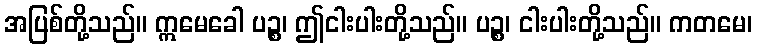
အပြစ်တို့သည်။ ဣမေခေါ ပဉ္စ၊ ဤငါးပါးတို့သည်။ ပဉ္စ၊ ငါးပါးတို့သည်။ ကတမေ၊